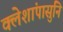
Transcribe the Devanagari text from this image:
क्लेशांपासुनि